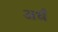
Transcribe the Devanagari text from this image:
अर्धं